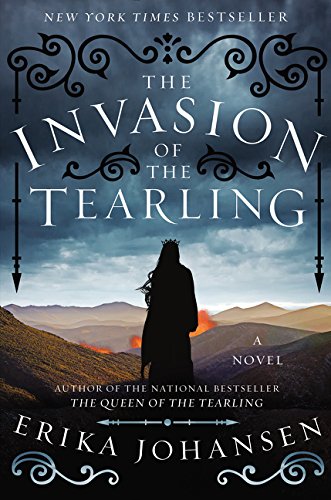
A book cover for The Invasion of the Tearling: A Novel (Queen of the Tearling, The); Erika Johansen; Science Fiction & Fantasy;